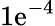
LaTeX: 1\mathrm{e}^{-4}